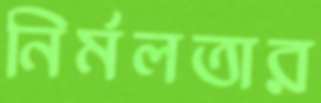
নির্মলতার